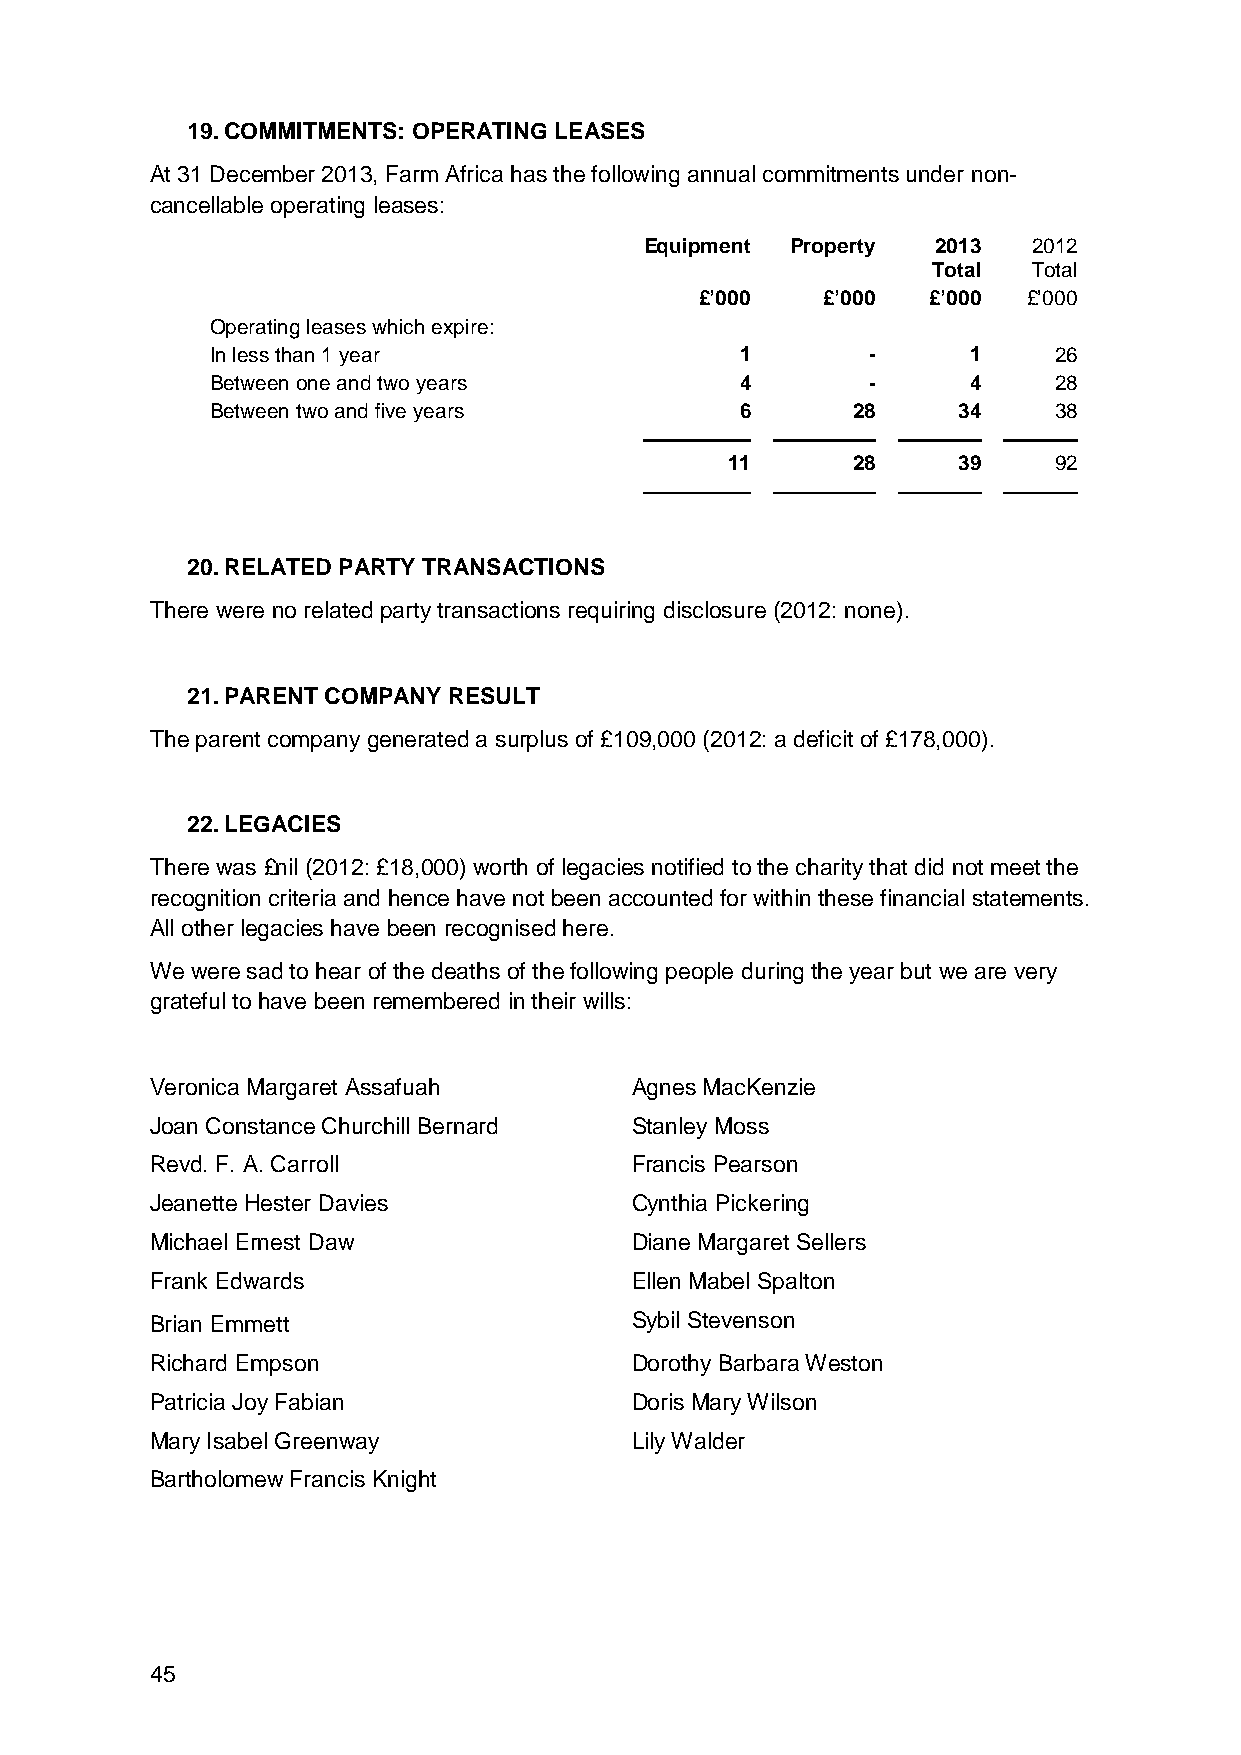
19. COMMITMENTS: OPERATING LEASES
 At 31 December 2013, Farm Africa has the following annual commitments under non-
 cancellable operating leases:
 Equipment Property 2013  2012
 Total Total
 £’000   £’000  £’000  £’000
 Operating leases which expire:
 In less than 1 year                1       -      1     26
 Between one and two years          4       -      4     28
 Between two and five years         6      28     34     38
 11      28     39     92
 20. RELATED PARTY TRANSACTIONS
 There were no related party transactions requiring disclosure (2012: none).
 21. PARENT COMPANY RESULT
 The parent company generated a surplus of £109,000 (2012: a deficit of £178,000).
 22. LEGACIES
 There was £nil (2012: £18,000) worth of legacies notified to the charity that did not meet the
 recognition criteria and hence have not been accounted for within these financial statements.
 All other legacies have been recognised here.
 We were sad to hear of the deaths of the following people during the year but we are very
 grateful to have been remembered in their wills:
 Veronica Margaret Assafuah      Agnes MacKenzie
 Joan Constance Churchill Bernard Stanley Moss
 Revd. F. A. Carroll             Francis Pearson
 Jeanette Hester Davies          Cynthia Pickering
 Michael Ernest Daw              Diane Margaret Sellers
 Frank Edwards                   Ellen Mabel Spalton
 Brian Emmett                    Sybil Stevenson
 Richard Empson                  Dorothy Barbara Weston
 Patricia Joy Fabian             Doris Mary Wilson
 Mary Isabel Greenway            Lily Walder
 Bartholomew Francis Knight
 45